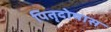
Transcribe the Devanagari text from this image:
पितृदोषास